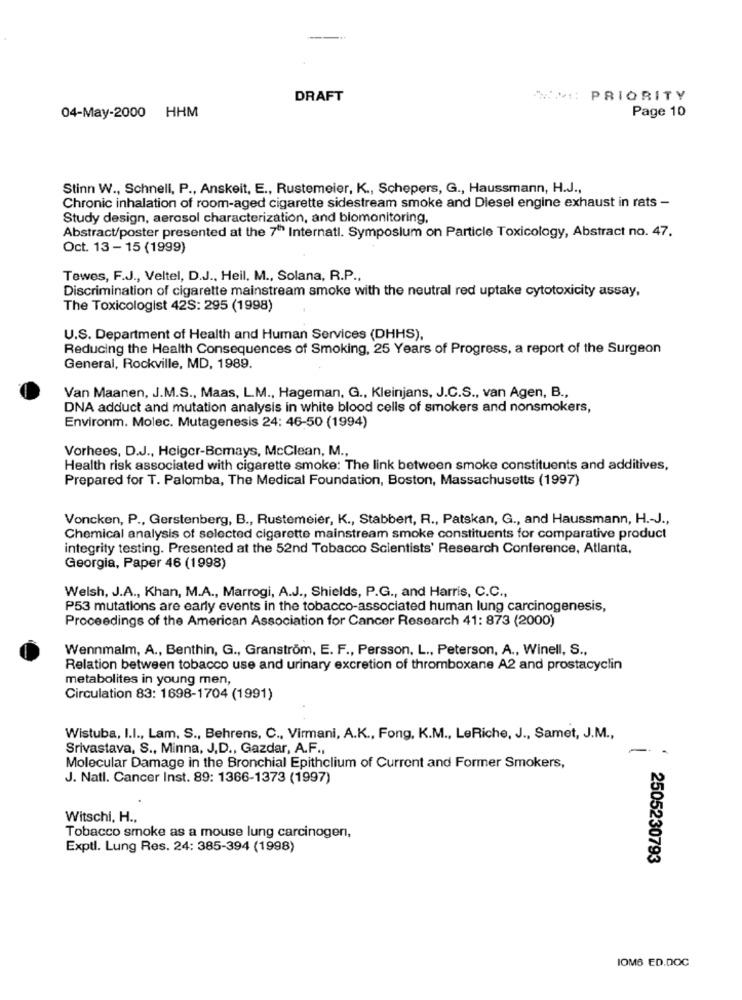
DRAFT
MM: PRIORITY
04-May-2000 HHM
Page 10
Stinn W ., Schnell, P ., Anskeit, E ., Rustemeier, K ., Schepers, G ., Haussmann, H.J .,
Chronic inhalation of room-aged cigarette sidestream smoke and Diesel engine exhaust in rats -
Study design, aerosol characterization, and biomonitoring,
Abstract/poster presented at the 7"" Internati. Symposium on Particle Toxicology, Abstract no. 47.
Oct. 13 - 15 (1999)
Tewes, F.J ., Veltel, D.J ., Heil, M ., Solana, R.P .,
Discrimination of cigarette mainstream smoke with the neutral red uptake cytotoxicity assay,
The Toxicologist 42S: 295 (1998)
U.S. Department of Health and Human Services (DHHS),
Reducing the Health Consequences of Smoking, 25 Years of Progress, a report of the Surgeon
General, Rockville, MD, 1989.
Van Maanen, J.M.S ., Maas, L.M ., Hageman, G ., Kleinjans, J.C.S ., van Agen, B .,
DNA adduct and mutation analysis in white blood cells of smokers and nonsmokers,
Environm. Molec. Mutagenesis 24: 46-50 (1994)
Vorhees, D.J ., Heiger-Bemays, McClean, M .,
Health risk associated with cigarette smoke: The link between smoke constituents and additives,
Prepared for T. Palomba, The Medical Foundation, Boston, Massachusetts (1997)
Voncken, P ., Gerstenberg, B ., Rustemeier, K ., Stabbert, R ., Patskan, G ., and Haussmann, H .- J .,
Chemical analysis of selected cigarette mainstream smoke constituents for comparative product
integrity testing. Presented at the 52nd Tobacco Scientists' Research Conference, Atlanta,
Georgia, Paper 46 (1998)
Welsh, J.A ., Khan, M.A ., Marrogi, A.J ., Shields, P.G ., and Harris, C.C .,
P53 mutations are early events in the tobacco-associated human lung carcinogenesis,
Proceedings of the American Association for Cancer Research 41: 873 (2000)
Wennmalm, A ., Benthin, G ., Granström, E. F ., Persson, L ., Peterson, A ., Winell, S .,
Relation between tobacco use and urinary excretion of thromboxane A2 and prostacyclin
metabolites in young men,
Circulation 83: 1698-1704 (1991)
Wistuba, I.I ., Lam, S ., Behrens, C ., Virmani, A.K ., Fong, K.M ., LeRiche, J ., Samet, J.M .,
Srivastava, S ., Minna, J.D ., Gazdar, A.F .,
Molecular Damage in the Bronchial Epithelium of Current and Former Smokers,
J. Natl. Cancer Inst. 89: 1366-1373 (1997)
Witschi, H .,
Tobacco smoke as a mouse lung carcinogen,
Exptl. Lung Res. 24: 385-394 (1998)
2505230793
IOMB ED.DOC